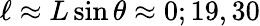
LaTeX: \ell\approx L\sin\theta\approx 0;19,30